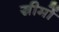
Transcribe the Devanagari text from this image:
स्रीमों